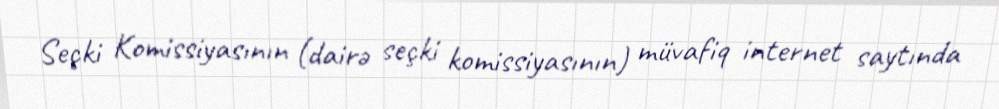
Seçki Komissiyasının (dairə seçki komissiyasının) müvafiq internet saytında